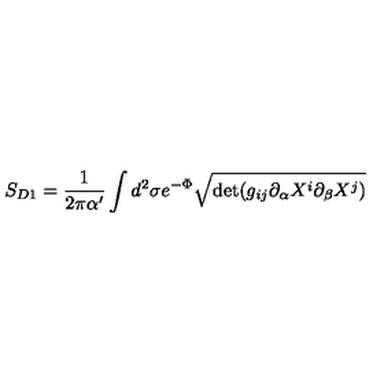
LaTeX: S _ { D 1 } = \frac { 1 } { 2 \pi \alpha ^ { \prime } } \int d ^ { 2 } \sigma e ^ { - \Phi } \sqrt { \mathrm { d e t } ( g _ { i j } \partial _ { \alpha } X ^ { i } \partial _ { \beta } X ^ { j } ) }